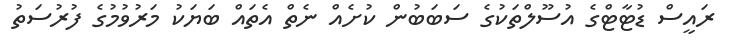
ރައީސް ޑުޓާޓްގެ އުސޫލްތަކުގެ ސަބަބުން ކުށެއް ނެތް އެތައް ބަޔަކު މަރުވުމުގެ ފުރުސަތު